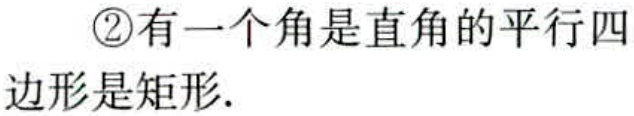
\textcircled{2}有一个角是直角的平行四边形是矩形.